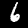
Label: 6